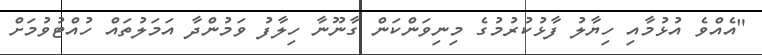
"އެއްވެ އުޅުމާއި ހިޔާލު ފާޅުކުރުމުގެ މިނިވަންކަން ގާނޫނާ ހިލާފު ވަމުންދާ އަމަލުތައް ހުއްޓުވުމަށް